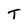
Character: T